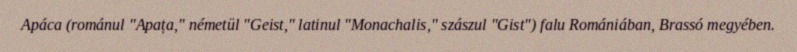
Apáca (románul "Apața," németül "Geist," latinul "Monachalis," szászul "Gist") falu Romániában, Brassó megyében.